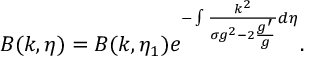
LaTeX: B ( k , \eta ) = B ( k , \eta _ { 1 } ) e ^ { - \int \frac { k ^ { 2 } } { \sigma g ^ { 2 } - 2 \frac { g ^ { \prime } } { g } } d \eta } .